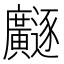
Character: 𫸐